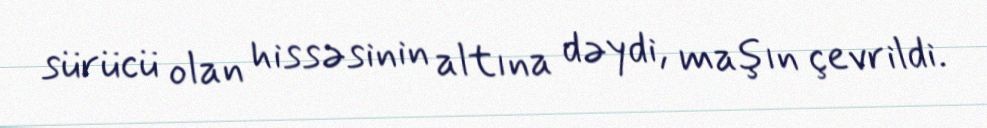
sürücü olan hissəsinin altına dəydi, maşın çevrildi.